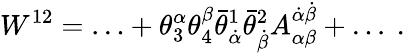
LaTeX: W^{12}=\ldots+\theta_{3}^{\alpha}\theta_{4}^{\beta}\bar{\theta}_{\dot{\alpha}}^{1}\bar{\theta}_{\dot{\beta}}^{2}A_{\alpha\beta}^{\dot{\alpha}\dot{\beta}}+\ldots\ .